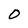
Character: 0